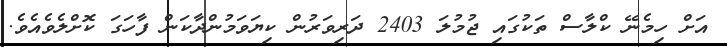
އަށް ހިމެނޭ ކްލާސް ތަކުގައި ޖުމުލަ 2403 ދަރިވަރުން ކިޔަވަމުންދާކަން ފާހަގަ ކޮށްލެވެއެވެ.